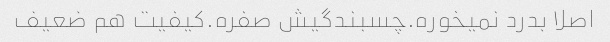
اصلا بدرد نمیخوره.چسبندگیش صفره.کیفیت هم ضعیف